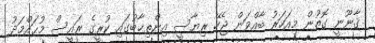
ޤާނޫނީ ގޮތުން މިއަހަރު ބާއްވަން ޖެހޭ ރިޔާސީ އިންތިޚާބުގައި ކުރީގެ ރައީސް މުޙައްމަދު